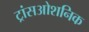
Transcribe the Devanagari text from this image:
ट्रांसओशनिक